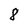
Character: 8